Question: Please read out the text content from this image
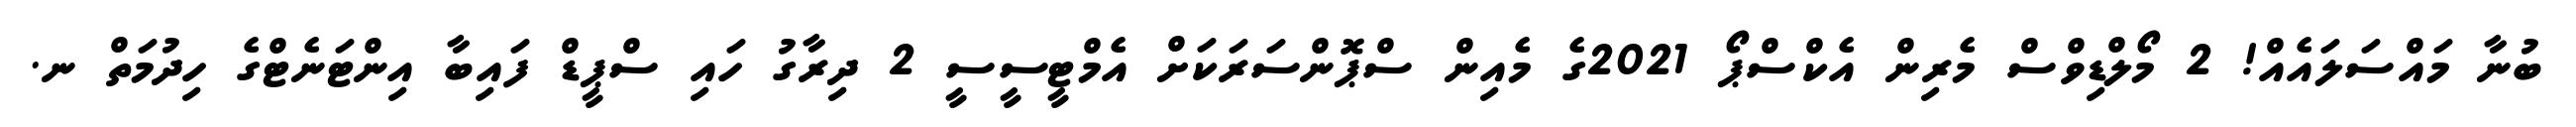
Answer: ބުނާ މައްސަލައެއް! 2 މޯލްޑިވްސް މެރިން އެކްސްޕޯ 2021ގެ މެއިން ސްޕޮންސަރަކަށް އެމްޓީސީސީ 2 ދިރާގު ހައި ސްޕީޑް ފައިބާ އިންޓަނެޓްގެ ހިދުމަތް ނ.